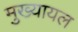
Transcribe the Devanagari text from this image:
मुख्‍यायल